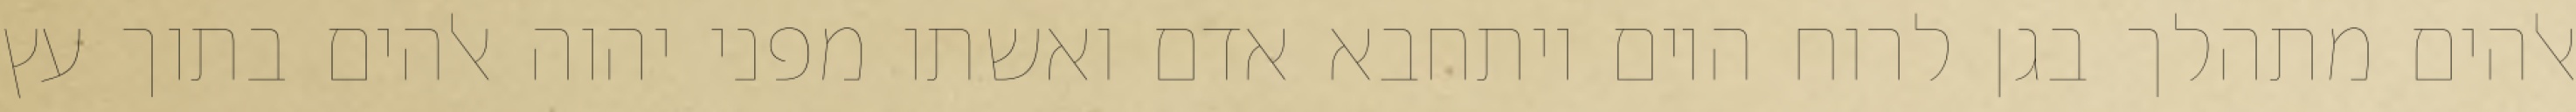
אלהים מתהלך בגן לרוח היום ויתחבא אדם ואשתו מפני יהוה אלהים בתוך עץ